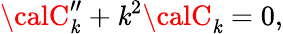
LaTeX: {\calC}_{\mathit{k}}^{\prime\prime}+\mathit{k}^{2}{\calC}_{\mathit{k}}=0,